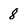
Character: 8